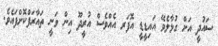
ސައުދީ އަށް ގުޅާލެވޭ އައިޑީޑީ އޮފަރ އެއްވެސް އުރީދޫ އިން ވަނީ ތައާރަފްކޮށްފައެވެ.